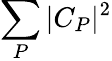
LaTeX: \sum_{P}|C_{P}|^{2}